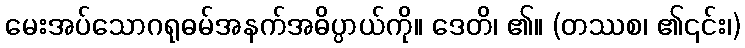
မေးအပ်သောဂရုဓမ်အနက်အဓိပ္ပာယ်ကို။ ဒေတိ၊ ၏။ (တဿစ၊ ၏၎င်း၊)